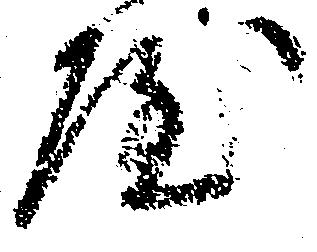
屋